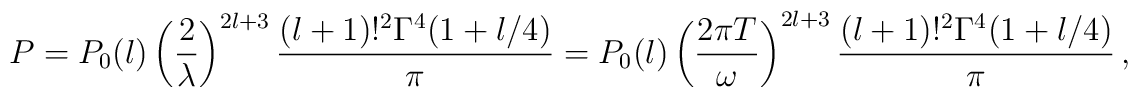
P = P_0(l) \left( \frac{2}{\lambda}\right)^{2l+3}\frac{(l+1)!^2\Gamma^4(1+l/4)}{\pi} = P_0(l) \left( \frac{2\pi T}{\omega}\right)^{2l+3}\frac{(l+1)!^2\Gamma^4 (1+l/4)}{\pi}\,,